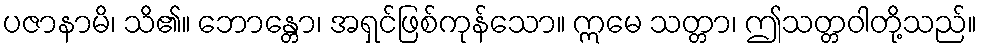
ပဇာနာမိ၊ သိ၏။ ဘောန္တော၊ အရှင်ဖြစ်ကုန်သော။ ဣမေ သတ္တာ၊ ဤသတ္တဝါတို့သည်။